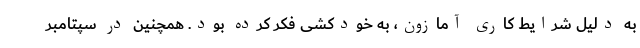
به دلیل شرایط کاری آمازون، به خودکشی فکر کرده بود. همچنین در سپتامبر